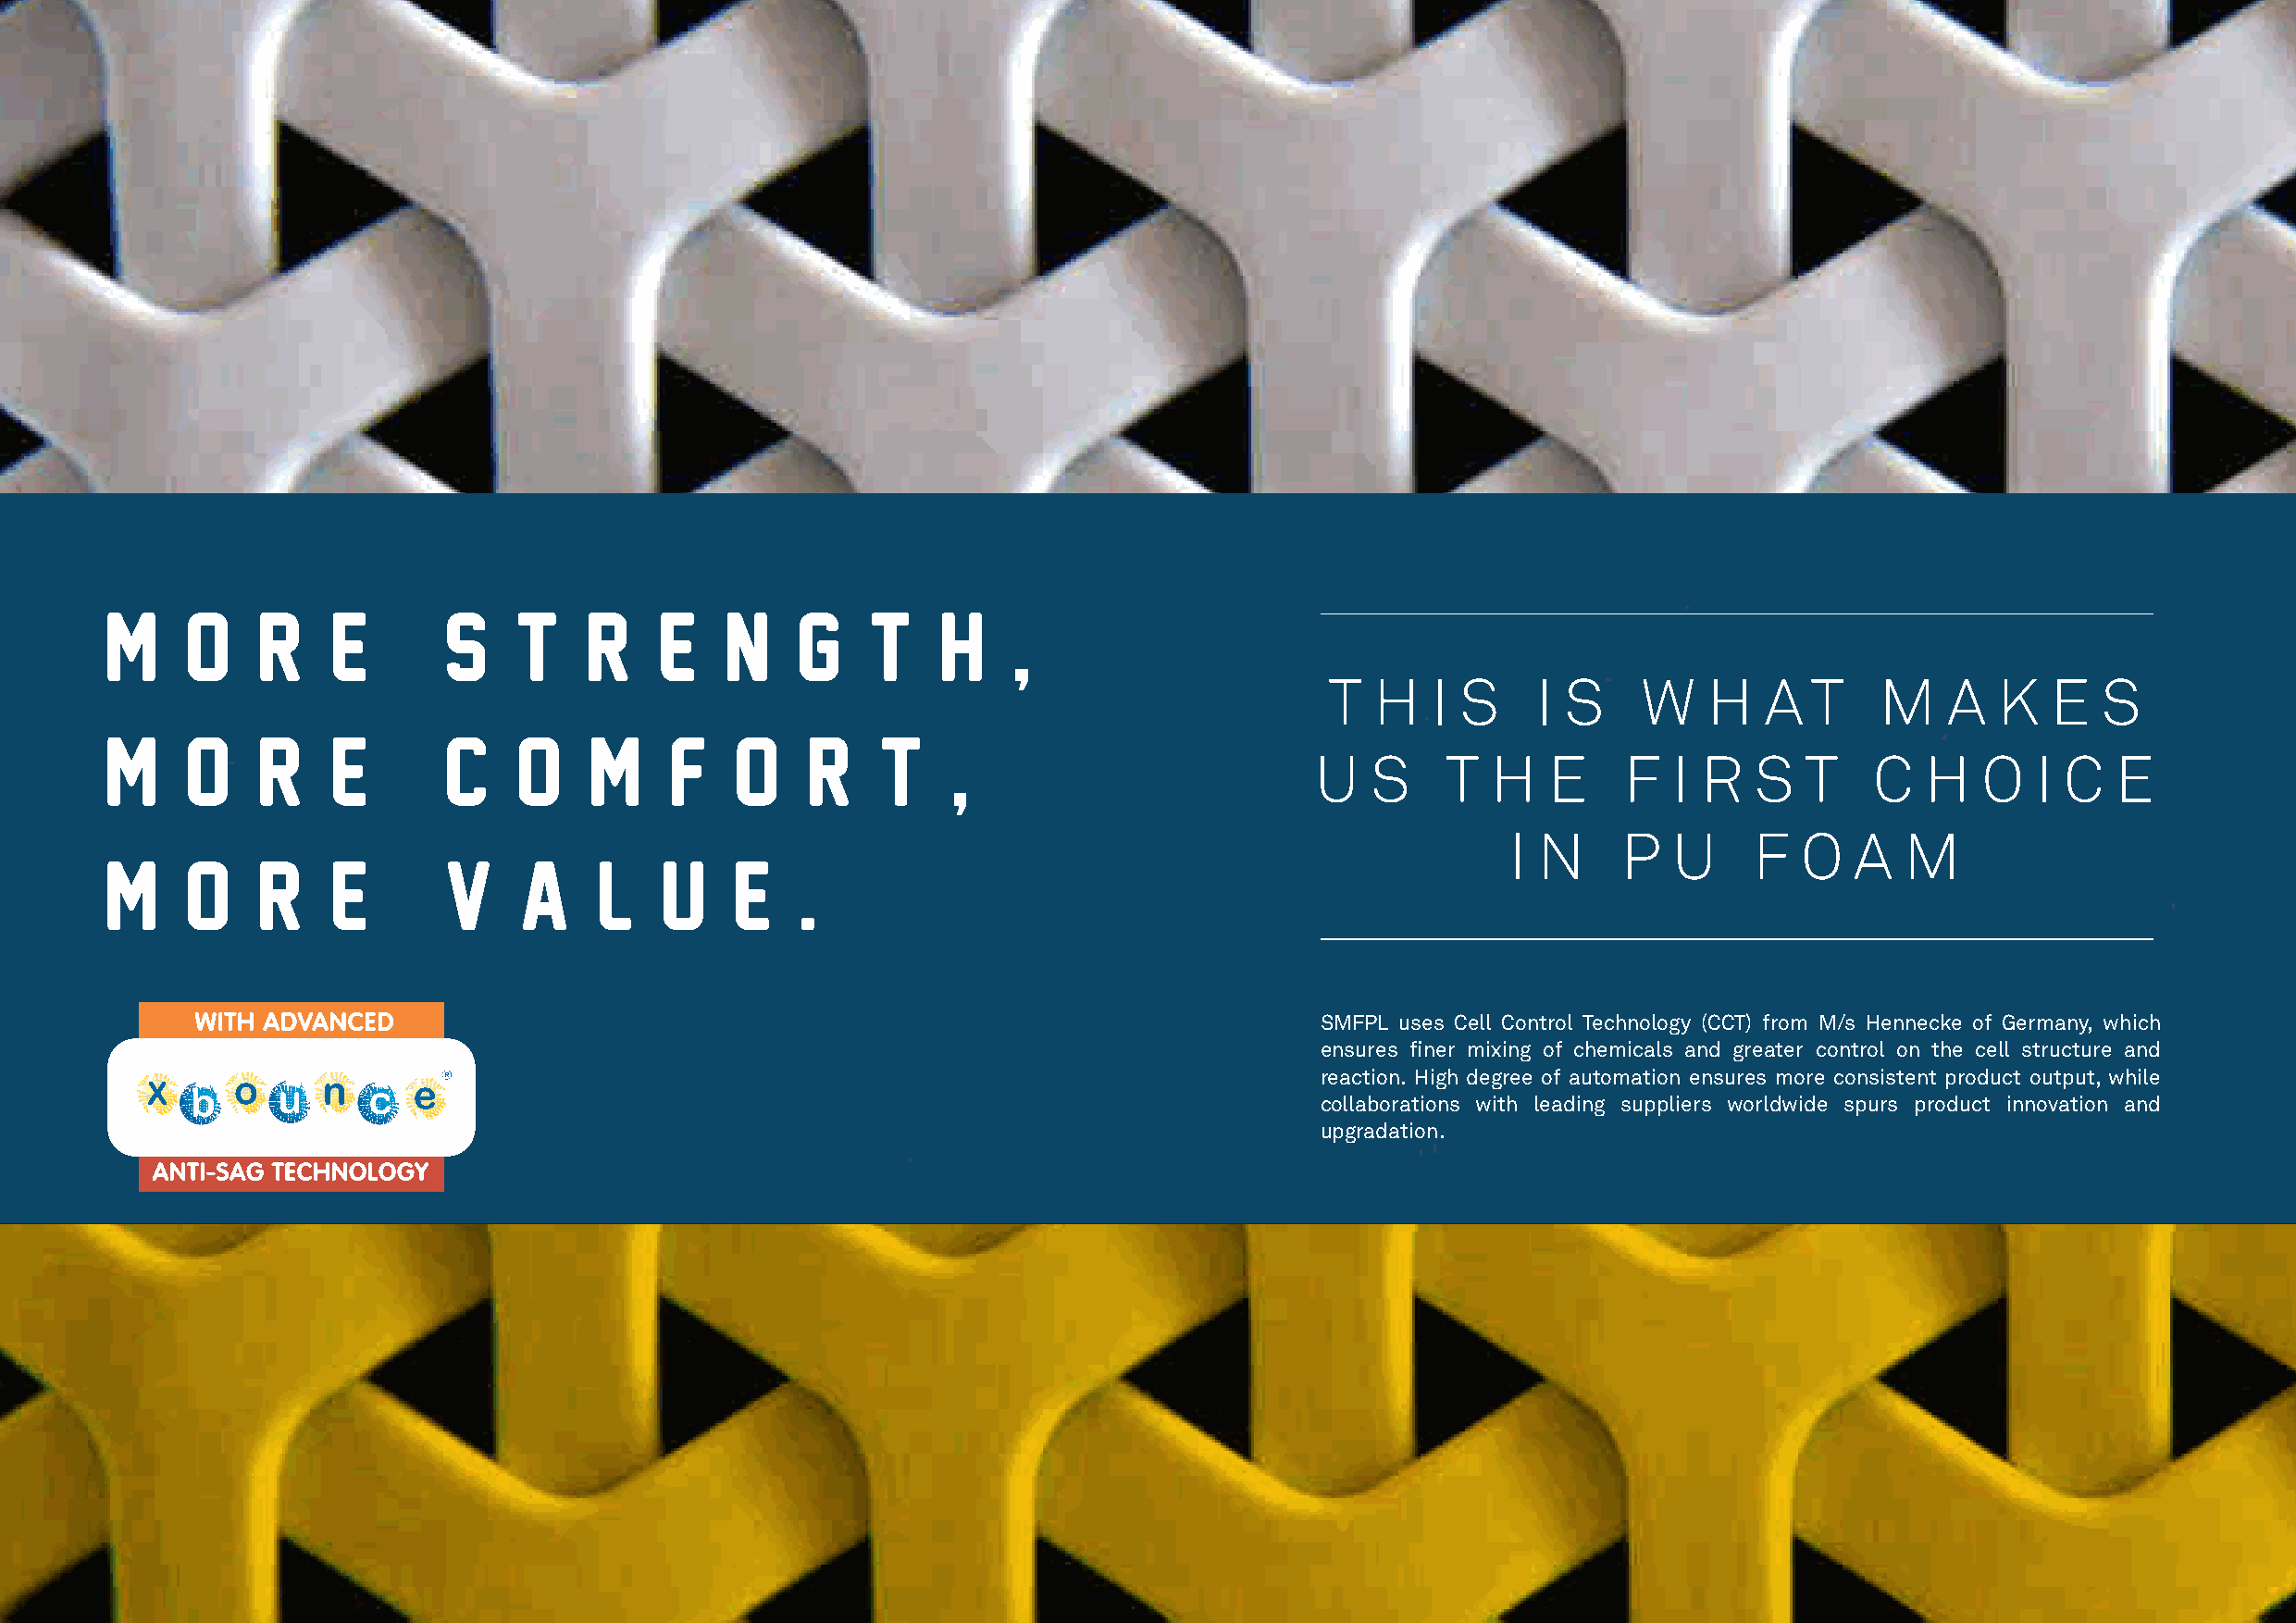
M     o    r     e       S    t    r    e    n    g    t    h
 ,
 T  H   I S     I S    W    H   A  T    M    A   K   E  S
 M     o    r     e       C    o    m     f    o    r    t       ,
 ,
 U   S    T   H   E    F   I R  S   T    C   H   O   I C  E
 I N     P   U    F   O   A  M
 M     o    r     e       V    a     l   u    e    .
 SMFPL uses Cell Control Technology (CCT) from M/s Hennecke of Germany, which
 ensures finer mixing of chemicals and greater control on the cell structure and
 reaction. High degree of automation ensures more consistent product output, while
 collaborations with leading suppliers worldwide spurs product innovation and
 upgradation.